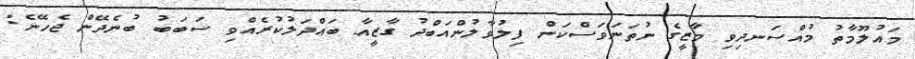
މައުލޫމާތު މުއްސަނދިވި މާޒީގެ ނުތަނަވަސްކަން ފިލުވާލުންއަބްދު ގާޒީއާ ބައްދަލުކުރެއްވި ސަބަބު ބުނެދޭން ޖެހޭނެ: